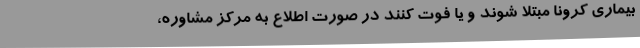
بیماری کرونا مبتلا شوند و یا فوت کنند در صورت اطلاع به مرکز مشاوره،